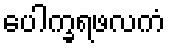
ပေါက္ခရဖလကံ